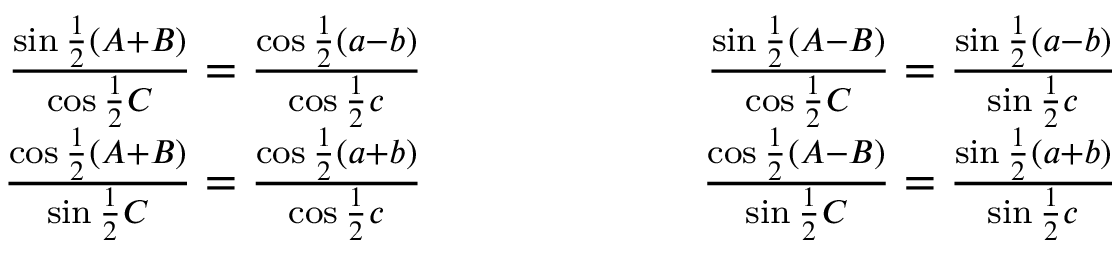
{ \begin{array} { r l r } { { \frac { \sin { \frac { 1 } { 2 } } ( A + B ) } { \cos { \frac { 1 } { 2 } } C } } = { \frac { \cos { \frac { 1 } { 2 } } ( a - b ) } { \cos { \frac { 1 } { 2 } } c } } } & { \qquad \qquad } & { { \frac { \sin { \frac { 1 } { 2 } } ( A - B ) } { \cos { \frac { 1 } { 2 } } C } } = { \frac { \sin { \frac { 1 } { 2 } } ( a - b ) } { \sin { \frac { 1 } { 2 } } c } } } \\ { { \frac { \cos { \frac { 1 } { 2 } } ( A + B ) } { \sin { \frac { 1 } { 2 } } C } } = { \frac { \cos { \frac { 1 } { 2 } } ( a + b ) } { \cos { \frac { 1 } { 2 } } c } } } & { \qquad } & { { \frac { \cos { \frac { 1 } { 2 } } ( A - B ) } { \sin { \frac { 1 } { 2 } } C } } = { \frac { \sin { \frac { 1 } { 2 } } ( a + b ) } { \sin { \frac { 1 } { 2 } } c } } } \end{array} }